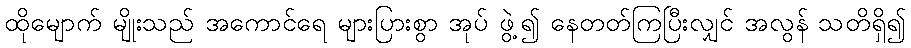
ထိုမျောက် မျိုးသည် အကောင်ရေ များပြားစွာ အုပ် ဖွဲ့၍ နေတတ်ကြပြီးလျှင် အလွန် သတိရှိ၍